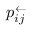
p _ { i j } ^ { \leftarrow }